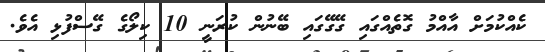
ކެއްކުމަށް އާއްމު ގޮތެއްގައި ގޭގޭގައި ބޭނުން ކުރަނީ 10 ކިލޯގެ ގޭސްފުޅި އެވެ.